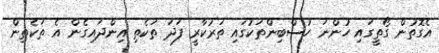
އެގޮތުން ގޯތީގައި ހުންނަ ހުސްބިންތަކުގައި ތަރުކާރީ ފަދަ ތަކެތި އިންދައިގެން އެ ތަކެތިން